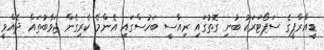
ޑީއާރްޕީގެ ސަޕޯޓަރަކު ބުނި ގޮތުގައި ރިއާސީ ބަހުސްގައި އެންމެ ކެރިގެން ޖަވާބުތައް ދެއްވީ